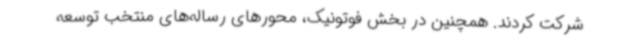
شرکت کردند. همچنین در بخش فوتونیک، محورهای رساله‌های منتخب توسعه